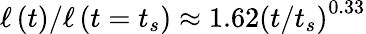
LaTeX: \ell\left(t\right)/\ell\left(t=t_{s}\right)\approx 1.62\left(t/t_{s}\right)^{0.33}